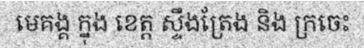
មេគង្គ ក្នុង ខេត្ត ស្ទឹងត្រែង និង ក្រចេះ